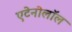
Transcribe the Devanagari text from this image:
एटेनोलॉल